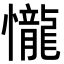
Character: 𢤱